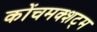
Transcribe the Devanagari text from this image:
कोंचमक्शट्म